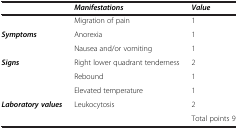
<table><thead><tr><td><b> </b></td><td><b><i>Manifestations</i></b></td><td><b><i>Value</i></b></td></tr></thead><tbody><tr><td> </td><td>Migration of pain</td><td>1</td></tr><tr><td><b><i>Symptoms</i></b></td><td>Anorexia</td><td>1</td></tr><tr><td> </td><td>Nausea and/or vomiting</td><td>1</td></tr><tr><td><b><i>Signs</i></b></td><td>Right lower quadrant tenderness</td><td>2</td></tr><tr><td> </td><td>Rebound</td><td>1</td></tr><tr><td> </td><td>Elevated temperature</td><td>1</td></tr><tr><td><b><i>Laboratory values</i></b></td><td>Leukocytosis</td><td>2</td></tr><tr><td> </td><td> </td><td>Total points 9</td></tr></tbody></table>